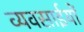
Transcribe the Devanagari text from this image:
व्यवसाईयों